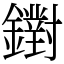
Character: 鑆